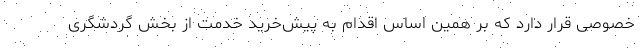
خصوصی قرار دارد که بر همین اساس اقدام به پیش‌خرید خدمت از بخش گردشگری